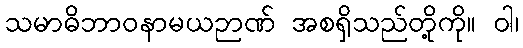
သမာဓိဘာဝနာမယဉာဏ် အစရှိသည်တို့ကို။ ဝါ၊